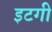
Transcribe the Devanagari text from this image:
इटगी